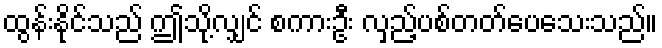
ထွန်းနိုင်သည် ဤသို့လျှင် စကားဦး လှည့်ပစ်တတ်ပေသေးသည်။